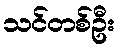
သင်တစ်ဦး